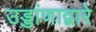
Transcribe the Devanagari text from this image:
उड्डांणाद्वारे